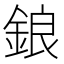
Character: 鋃